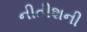
નીતીશની